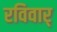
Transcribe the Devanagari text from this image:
रविवार्